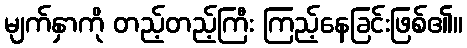
မျက်နှာကို တည့်တည့်ကြီး ကြည့်နေခြင်းဖြစ်၏။